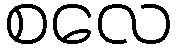
စလေ